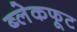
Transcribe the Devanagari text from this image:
ब्लेकफूट